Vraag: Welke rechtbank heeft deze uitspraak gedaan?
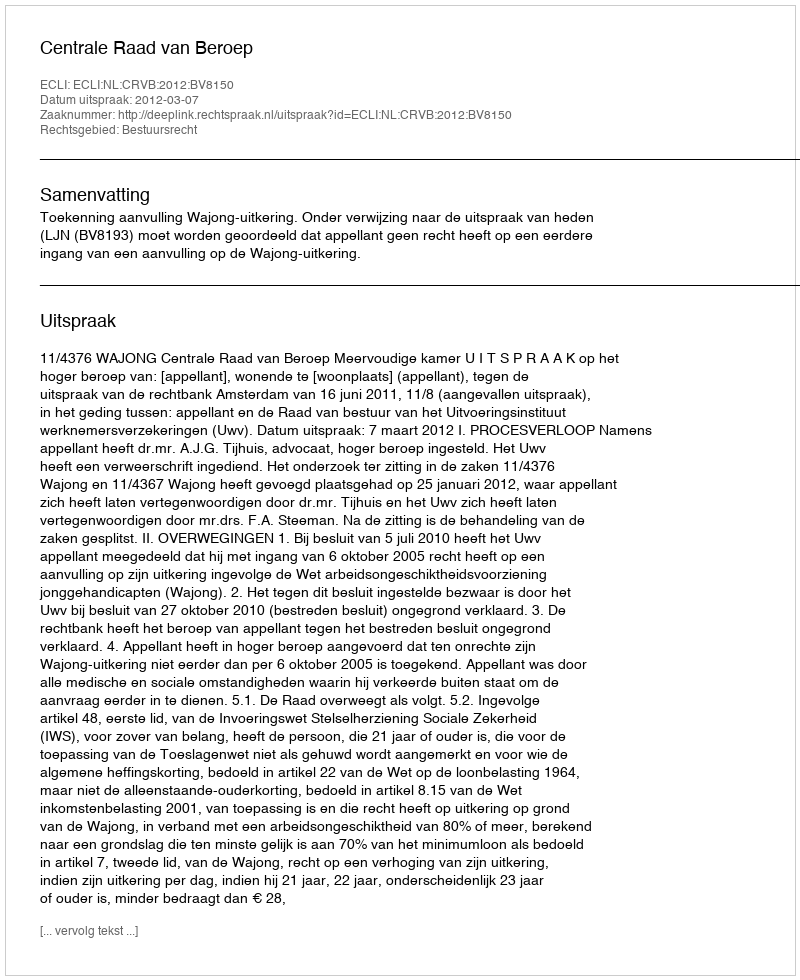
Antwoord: Centrale Raad van Beroep